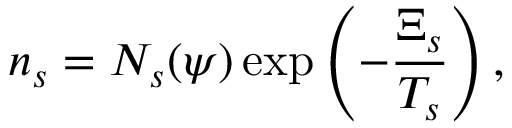
n _ { s } = N _ { s } ( \psi ) \exp \left( - \frac { \Xi _ { s } } { T _ { s } } \right) ,